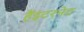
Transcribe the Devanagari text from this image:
हैंइंटरनेट